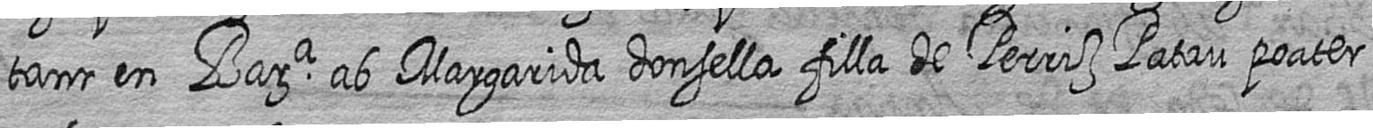
tant en Bara ab Margarida donsella filla de Perriz Patau poater